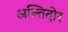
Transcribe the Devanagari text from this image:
अल्तिदोर